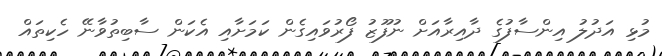
މުޅި އަދުލު އިންސާފުގެ ދާއިރާއަށް ނުފޫޒު ފޯރުވައިގެން ކަމަށާއި އެކަން ސާބިތުވާނޭ ހެކިތައް